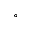
^ \circ